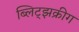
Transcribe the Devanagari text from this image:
ब्लिट्झक्रीग